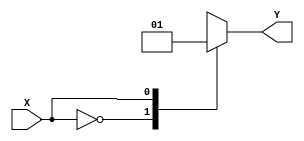
module case_statement_behavioral (
    input wire X,
    output reg Y
);

always @(*) begin
    case (X)
        0: Y <= 2'b00;
        1: Y <= 2'b01;
        2: Y <= 2'b10;
        default: Y <= 2'b11;
    endcase
end

endmodule